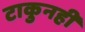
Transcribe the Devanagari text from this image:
टाकुनही